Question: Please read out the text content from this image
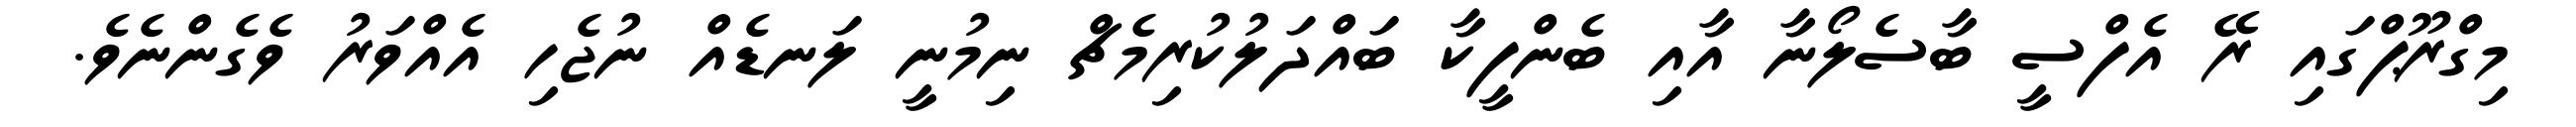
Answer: މިގްރޫޕްގައި ރޭ އެފްސީ ބާސެލޯނާ އާއި ބެންފީކާ ބައްދަލުކުރިމެޗް ނިމުނީ ލަނޑެއް ނުޖެހި އެއްވަރު ވެގެންނެވެ.